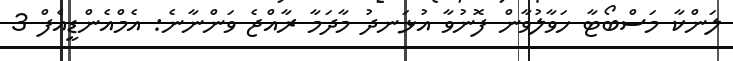
ލަންކާ މަސްބޯޓާ ހަވާލުވާން ފޮނުވާ އުޅަނދު މާދަމާ ރާއްޖެ ވަންނާނެ: އެމްއެންޑީއެފް 3